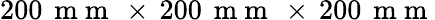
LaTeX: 200\, \mathrm{~m~m~}\, \times\, 200\, \mathrm{~m~m~}\, \times\, 200\, \mathrm{~m~m~}